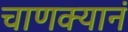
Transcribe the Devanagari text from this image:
चाणक्यानं